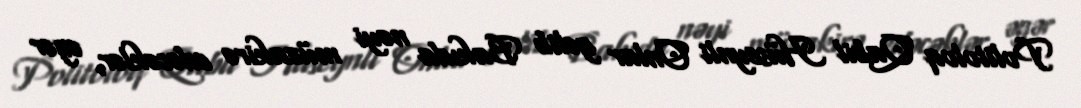
Politoloq Qabil Hüseynli Onlar gəlib Bakıda nəyi müzakirə edəcəklər, əgər